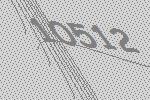
10512